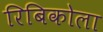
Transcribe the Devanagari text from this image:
रिबिकोला